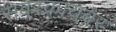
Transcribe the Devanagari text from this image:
सबस्क्रायबर